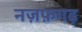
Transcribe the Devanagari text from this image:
नज़फ़गढ़